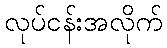
လုပ်ငန်းအလိုက်